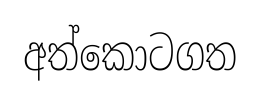
අත්කොටගත